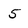
Character: 5